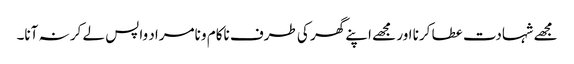
مجھے شہادت عطا کرنا اور مجھے اپنے گھر کی طرف ناکام و نامراد واپس لے کر نہ آنا۔